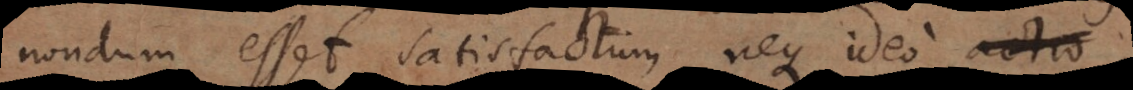
nondum esset satisfactum, neque ideo actio